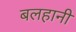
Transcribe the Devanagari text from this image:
बलहानी